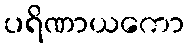
ပရိဏာယကော